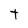
Character: t